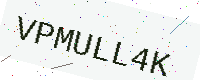
Text: VPMULL4K